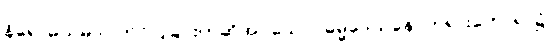
နိရောဓသမာပါတ်ဝ်ပြခြင်းဟုဆိုအပ်သော။ ဓမ္မဒေသနေ၊ တရားဟောရာ၌။